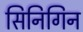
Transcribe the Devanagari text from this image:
सिनिगिन